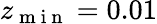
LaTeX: z_{\mathrm{~m~i~n~}}=0.01